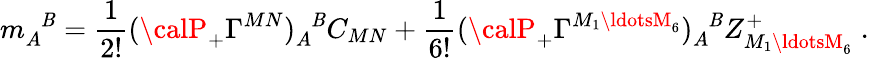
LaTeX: m_{A}^{\phantom{A}\mathit{B}}=\frac{{1}}{{2!}}({\calP}_{+}\Gamma^{MN})_{A}^{\phantom{A}\mathit{B}}C_{MN}+\frac{{1}}{{6!}}({\calP}_{+}\Gamma^{M_{1}\ldotsM_{6}})_{A}^{\phantom{A}\mathit{B}}Z_{M_{1}\ldotsM_{6}}^{+}\; .